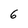
Character: 6